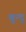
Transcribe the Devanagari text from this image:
बुन्दु